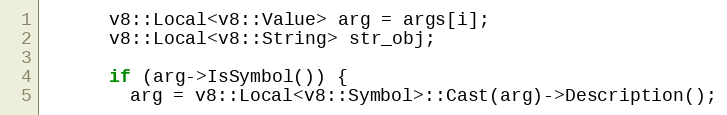
Language: C++
      v8::Local<v8::Value> arg = args[i];
      v8::Local<v8::String> str_obj;

      if (arg->IsSymbol()) {
        arg = v8::Local<v8::Symbol>::Cast(arg)->Description();